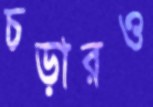
চড়ারও